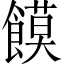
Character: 饃